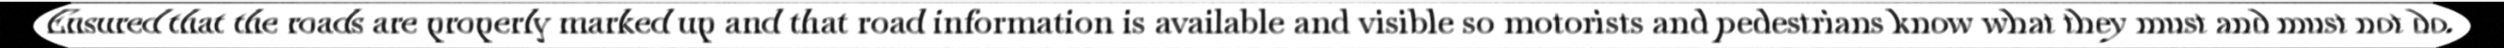
Ensured that the roads are properly marked up and that road information is available and visible so motorists and pedestrians know what they must and must not do.